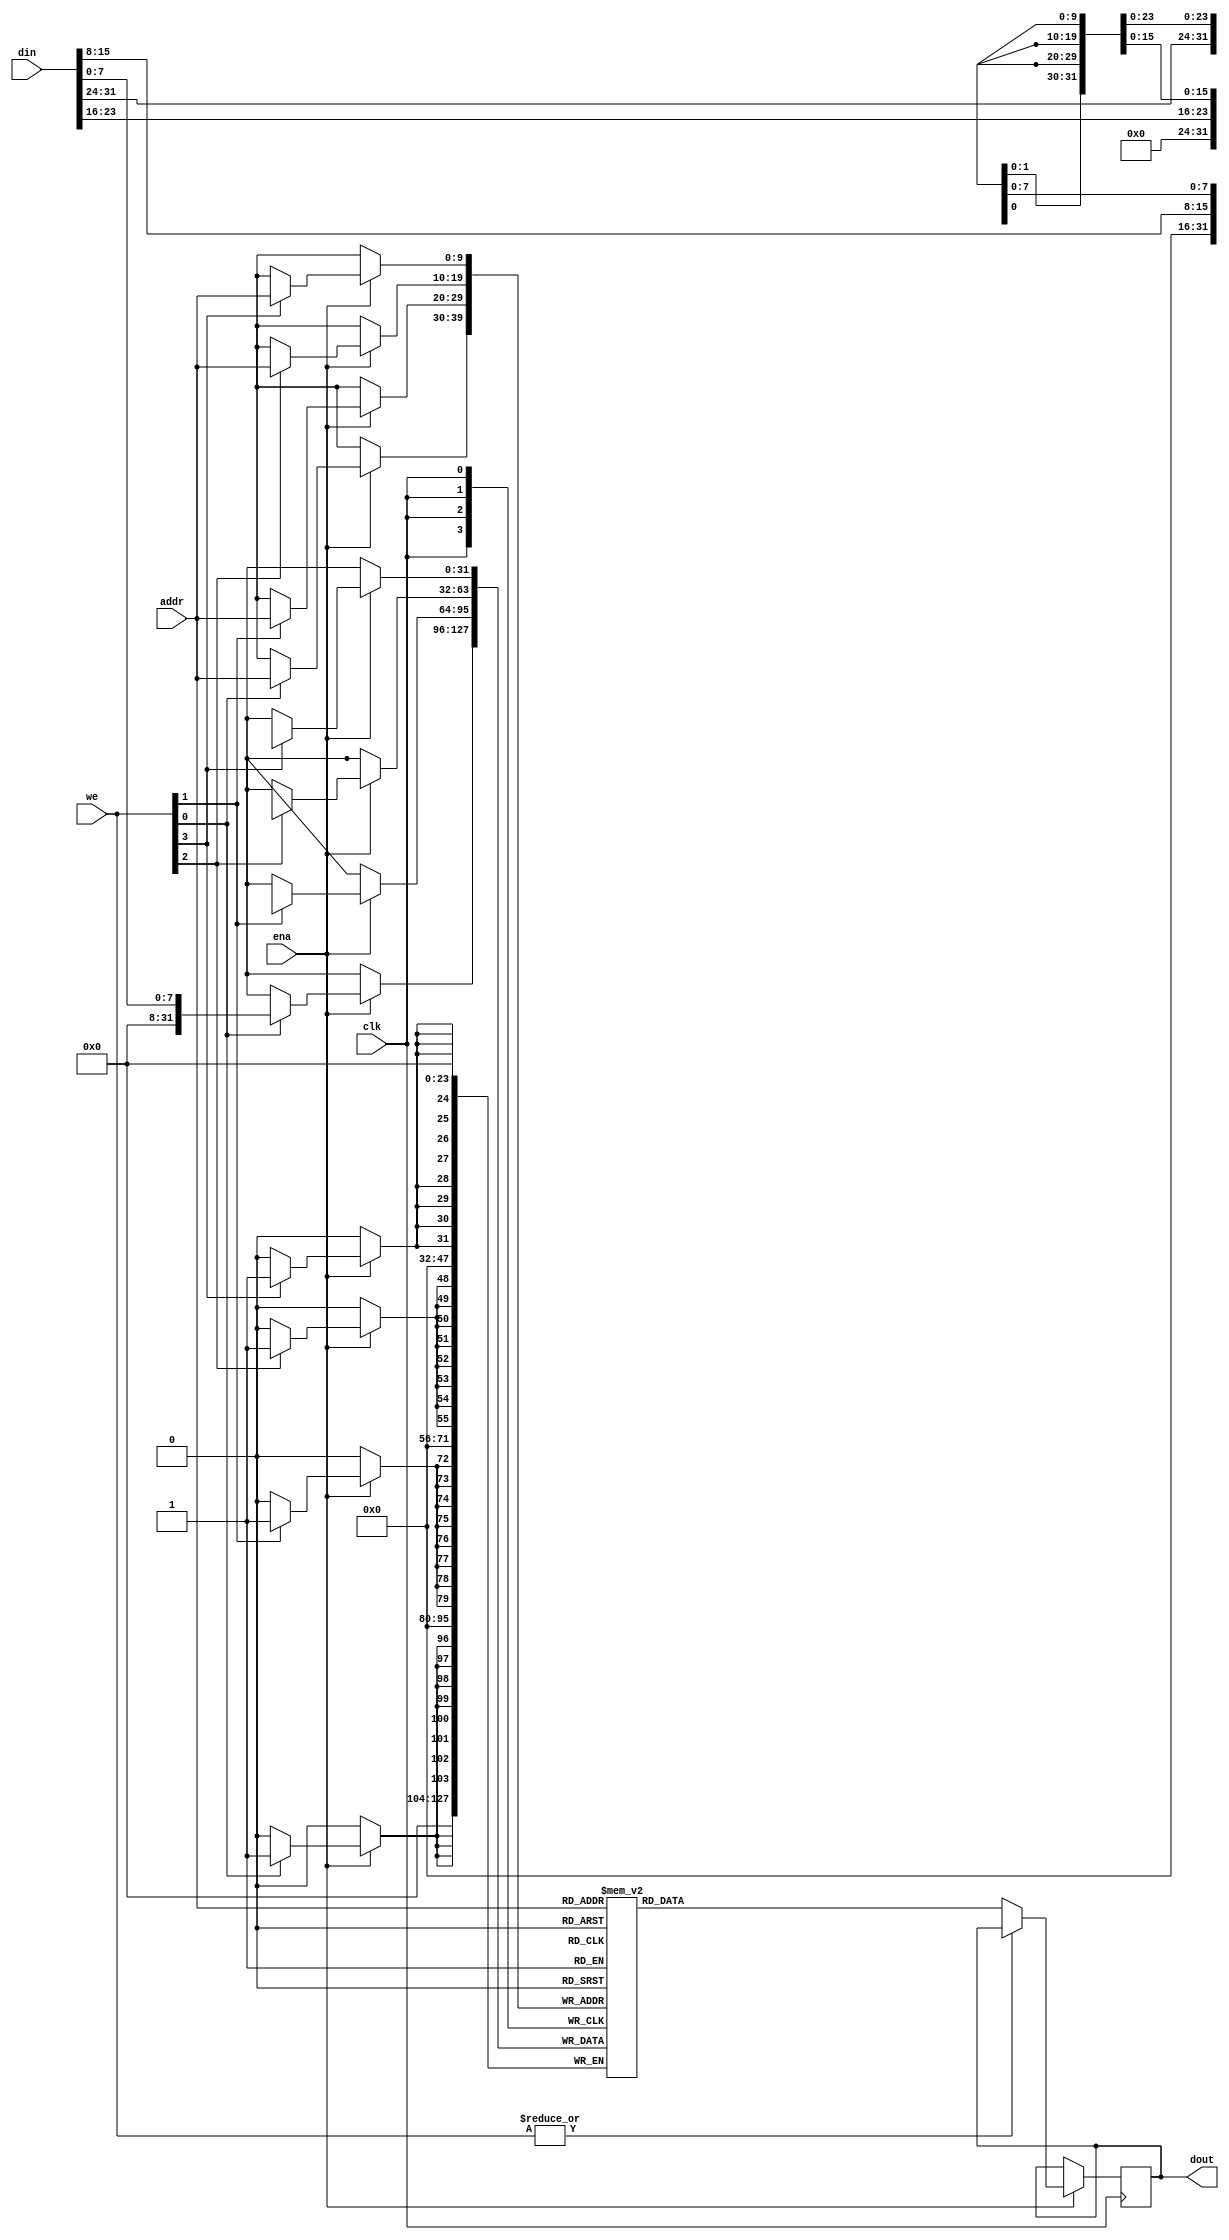
module bytewrite_sp_ram_nc
#(
//--------------------------------------------------------------------------
parameter NUM_COL = 4, // 4 columns of 1 byte each make : 32 bits
parameter COL_WIDTH = 8, //1 byte
parameter ADDR_WIDTH = 10, // Addr Width in bits : 2 *ADDR_WIDTH = RAM Depth ---> 2^10 = 1024
parameter DATA_WIDTH = NUM_COL*COL_WIDTH // Data Width in bits
//--------------------------------------------------------------------------
) (
input clk,
input ena,
input [NUM_COL-1:0] we,
input [ADDR_WIDTH-1:0] addr,
input [DATA_WIDTH-1:0] din,
output reg [DATA_WIDTH-1:0] dout
);

reg [DATA_WIDTH-1:0] ram [(2**ADDR_WIDTH)-1:0];

generate
genvar i;

for(i=0;i<NUM_COL;i=i+1) 
begin
    always @ (posedge clk) 
    begin
        if(ena) 
        begin
            if(we[i]) 
            begin
                ram[addr][i*COL_WIDTH +: COL_WIDTH] <= din[i*COL_WIDTH +: COL_WIDTH];
            end
        end
    end
end
endgenerate

always @ (posedge clk) 
begin
    if(ena) 
    begin
        if (~|we)
            dout <= ram[addr];
    end
end
endmodule